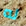
له